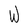
Character: W